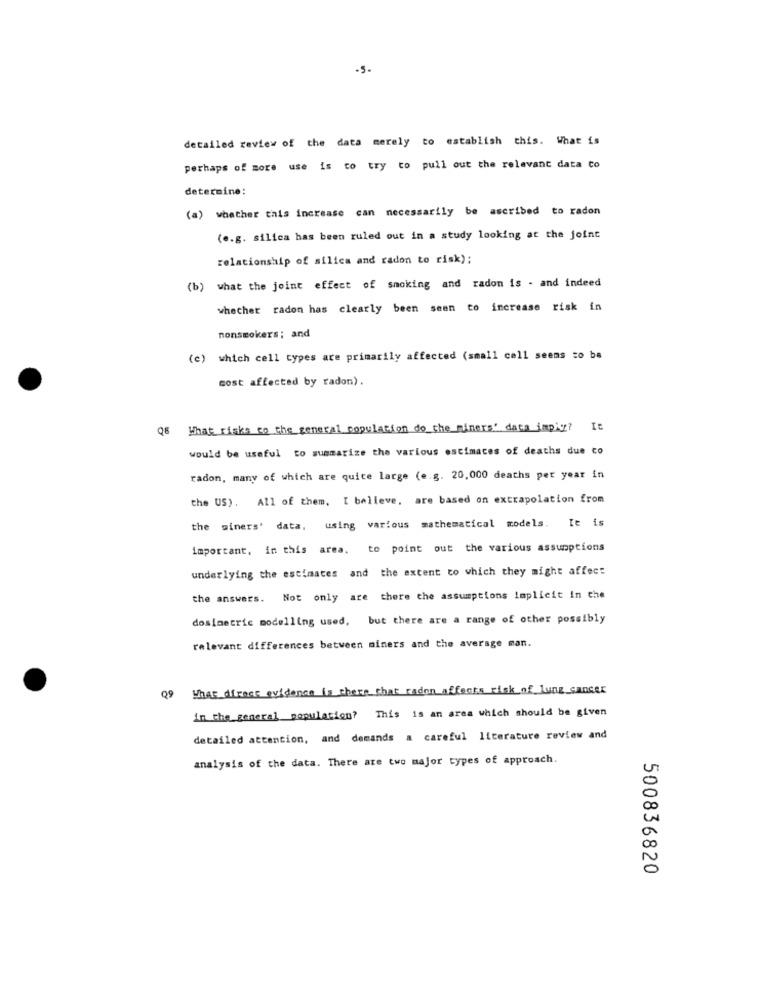
-5.
detailed review of the data merely to establish this. What is
perhaps of more use is to try to pull out the relevant data to
determine:
(a) whether this increase can necessarily be ascribed to radon
(e.g. silica has been ruled out in a study looking at the joint
relationship of silica and radon to risk);
(b) what the joint effect of smoking and radon is - and indeed
whether radon has clearly been seen to increase risk in
nonsmokers; and
(c) which cell types are primarily affected (small cell seems to be
cost affected by radon).
What risks to the general population do the miners' data imply? It
would be useful to summarize the various estimates of deaths due co
radon, many of which are quite large (e.g. 20,000 deaths per year in
the US). All of them, I believe. are based on extrapolation from
the giners' data, using various mathematical models. It is
important, in this area. to point out the various assumptions
underlying the estimates and the extent to which they might affect
the answers. Not only are there the assumptions implicit in the
dosimetric modelling used, but there are a range of other possibly
relevant differences between miners and the average man.
What dfracs evidence is there that radon affects risk of lung cancer
Q9
in the general population? This is an area which should be given
detailed attention, and demands a careful literature review and
analysis of the data. There are two major types of approach.
500836820